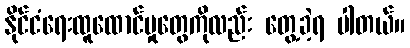
နိုင်ငံရေးထူထောင်မှုတွေကိုလည်း တွေ့ခဲ့ရ ပါတယ်။